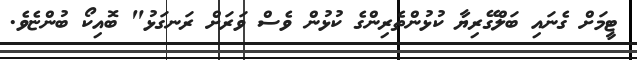
ޓީމަށް ގެނައި ބަލްގޭރިޔާ ކުޅުންތެރިންގެ ކުޅުން ވެސް ވަރަށް ރަނގަޅު" ބޮއިކޯ ބުންޏެވެ.